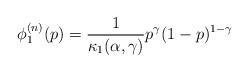
LaTeX: \begin{align*}\phi_1^{(n)}(p) = \frac{1}{\kappa_1(\alpha,\gamma)} p^{\gamma} (1-p)^{1-\gamma}\end{align*}